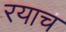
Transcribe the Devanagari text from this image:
रयाच